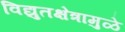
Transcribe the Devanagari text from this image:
विद्युतक्षेत्रामुळे